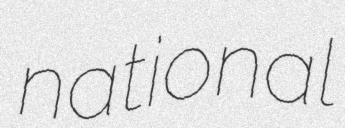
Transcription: national